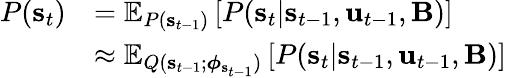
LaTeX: \begin{array}{rl}{P(\mathbf{s}_{t})}&{=\mathbb{E}_{P(\mathbf{s}_{t-1})}\left[P(\mathbf{s}_{t}|\mathbf{s}_{t-1},\mathbf{u}_{t-1},\mathbf{B})\right]}\\ &{\approx\mathbb{E}_{Q(\mathbf{s}_{t-1};\boldsymbol{\phi}_{\mathbf{s}_{t-1}})}\left[P(\mathbf{s}_{t}|\mathbf{s}_{t-1},\mathbf{u}_{t-1},\mathbf{B})\right]}\end{array}